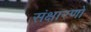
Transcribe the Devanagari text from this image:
संक्षारणों